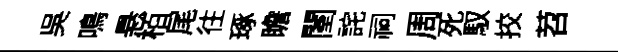
呉鳴悬栢尾往琢瞻闉詫祠周死馭挍苕